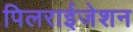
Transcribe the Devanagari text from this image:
पिलराईजेशन